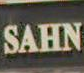
SAHIN